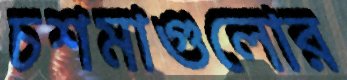
চশমাগুলোর